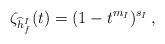
LaTeX: \begin{align*} \zeta_{\widehat{h}_f^I}(t)=(1-t^{m_I})^{s_I}\,,\end{align*}